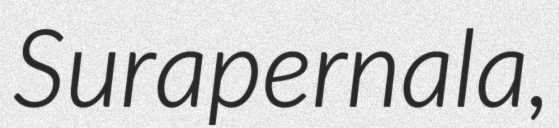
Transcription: Surapernala,